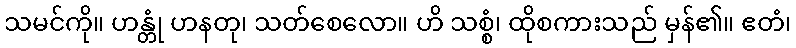
သမင်ကို။ ဟန္တုံ ဟနတု၊ သတ်စေလော။ ဟိ သစ္စံ၊ ထိုစကားသည် မှန်၏။ ဧတံ၊